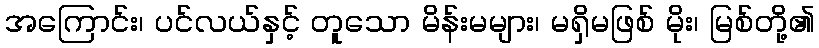
အကြောင်း၊ ပင်လယ်နှင့် တူသော မိန်းမများ၊ မရှိမဖြစ် မိုး၊ မြစ်တို့၏